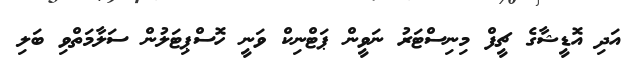
އަދި އޮޑީޝާގެ ޗީފް މިނިސްޓަރު ނަވީން ޕަޓްނިކް ވަނީ ހޮސްޕިޓަލުން ސަލާމަތްވި ބަލި